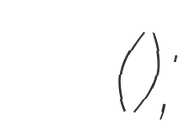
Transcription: Степа́н Дми́триевич Э́рьзя (Нефёдов);